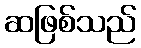
ဆဖြစ်သည်